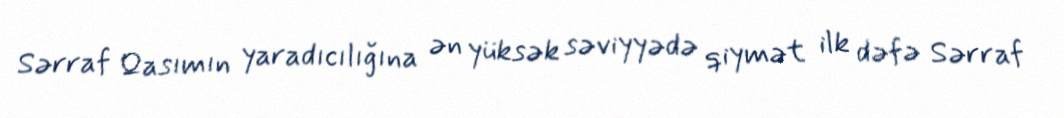
Sərraf Qasımın yaradıcılığına ən yüksək səviyyədə qiymət ilk dəfə Sərraf